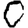
Digit: 0